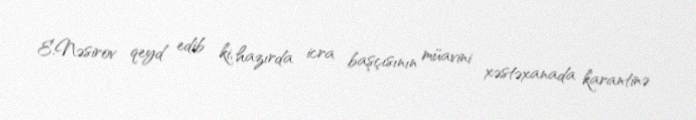
E.Nəsirov qeyd edib ki, hazırda icra başçısının müavini xəstəxanada karantinə